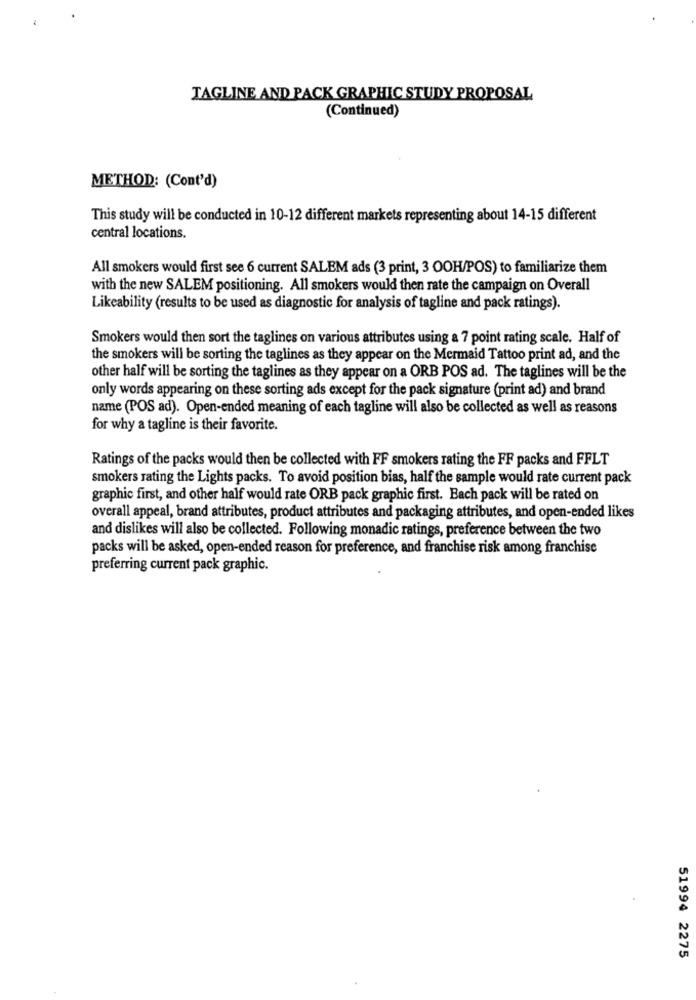
TAGLINE AND PACK GRAPHIC STUDY PROPOSAL
(Continued)
METHOD: (Cont'd)
This study will be conducted in 10-12 different markets representing about 14-15 different
central locations.
All smokers would first see 6 current SALEM ads (3 print, 3 OOH/POS) to familiarize them
with the new SALEM positioning. All smokers would then rate the campaign on Overall
Likeability (results to be used as diagnostic for analysis of tagline and pack ratings).
Smokers would then sort the taglines on various attributes using a 7 point rating scale. Half of
the smokers will be sorting the taglines as they appear on the Mermaid Tattoo print ad, and the
other half will be sorting the taglines as they appear on a ORB POS ad. The taglines will be the
only words appearing on these sorting ads except for the pack signature (print ad) and brand
name (POS ad). Open-ended meaning of each tagline will also be collected as well as reasons
for why a tagline is their favorite.
Ratings of the packs would then be collected with FF smokers rating the FF packs and FFLT
smokers rating the Lights packs. To avoid position bias, half the sample would rate current pack
graphic first, and other half would rate ORB pack graphic first. Each pack will be rated on
overall appeal, brand attributes, product attributes and packaging attributes, and open-ended likes
and dislikes will also be collected. Following monadic ratings, preference between the two
packs will be asked, open-ended reason for preference, and franchise risk among franchise
preferring current pack graphic.
51994 2275